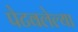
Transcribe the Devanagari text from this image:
पेटवलेल्या